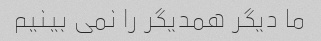
ما دیگر همدیگر را نمی بینیم